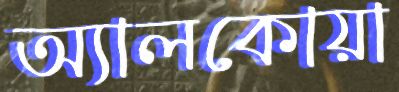
অ্যালকোয়া